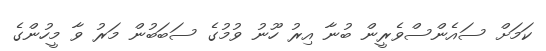
ކަމަށް ސައެންސްވެރީން ބުނާ އިރު ހޫނު ވުމުގެ ސަބަބުން މަރު ވާ މީހުންގެ